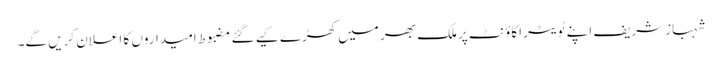
شہبازشریف اپنے ٹویٹر اکاؤنٹ پرملک بھر میں کھڑے کیے گئے مضبوط امیداروں کا اعلان کریں گے۔